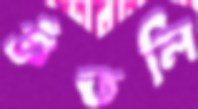
গুঁতলি